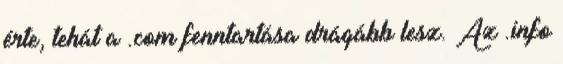
érte, tehát a .com fenntartása drágább lesz. Az .info